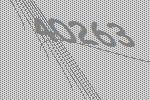
40263